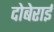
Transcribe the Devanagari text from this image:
दोबेराई